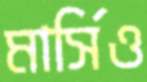
মার্সিও